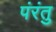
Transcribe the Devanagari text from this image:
पंरंतु